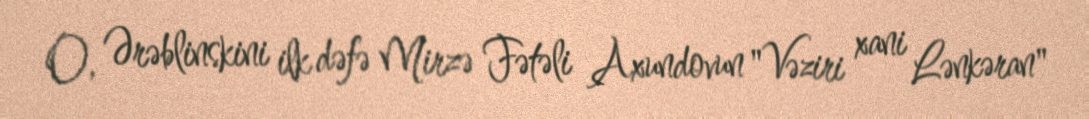
O, Ərəblinskini ilk dəfə Mirzə Fətəli Axundovun "Vəziri xani Lənkəran"